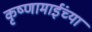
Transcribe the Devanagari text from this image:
कृष्णामाईंच्या